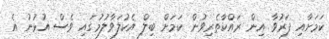
ކަމަށާއި ފަރުވާ އިން ރައްކާތެރިވުން ކަމަށް ބިލް އެކުލަވާލުމުގައި ވެސް އުޅުނު އެ